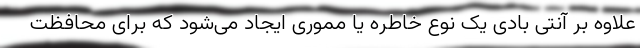
علاوه بر آنتی بادی یک نوع خاطره یا مموری ایجاد می‌شود که برای محافظت